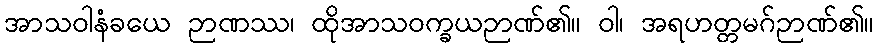
အာသဝါနံခယေ ဉာဏဿ၊ ထိုအာသဝက္ခယဉာဏ်၏။ ဝါ၊ အရဟတ္တမဂ်ဉာဏ်၏။